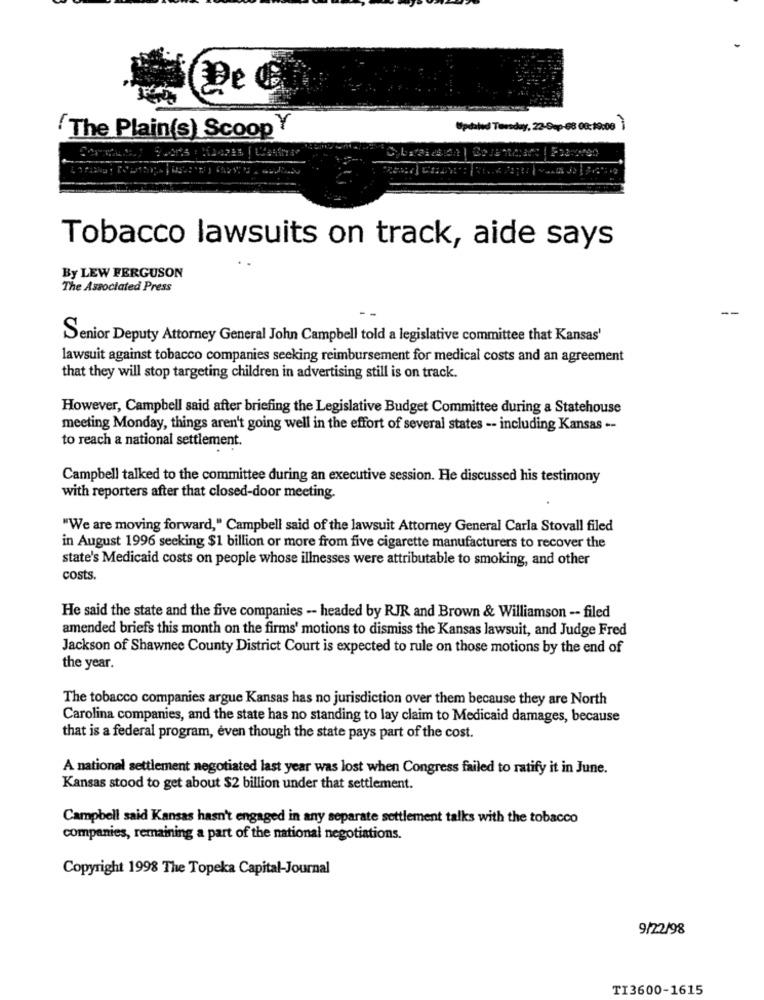
De C
(The Plain(s) Scoop Y
Updated Tuesday, 22-Gap-68 08:19:08
Tobacco lawsuits on track, aide says
By LEW FERGUSON
The Associated Press
Senior Deputy Attorney General John Campbell told a legislative committee that Kansas'
lawsuit against tobacco companies seeking reimbursement for medical costs and an agreement
that they will stop targeting children in advertising still is on track.
However, Campbell said after briefing the Legislative Budget Committee during a Statehouse
meeting Monday, things aren't going well in the effort of several states -- including Kansas --
to reach a national settlement.
Campbell talked to the committee during an executive session. He discussed his testimony
with reporters after that closed-door meeting.
"We are moving forward," Campbell said of the lawsuit Attorney General Carla Stovall filed
in August 1996 seeking $1 billion or more from five cigarette manufacturers to recover the
state's Medicaid costs on people whose illnesses were attributable to smoking, and other
costs.
He said the state and the five companies -- headed by RJR and Brown & Williamson -- filed
amended briefs this month on the firms' motions to dismiss the Kansas lawsuit, and Judge Fred
Jackson of Shawnee County District Court is expected to rule on those motions by the end of
the year.
The tobacco companies argue Kansas has no jurisdiction over them because they are North
Carolina companies, and the state has no standing to lay claim to Medicaid damages, because
that is a federal program, even though the state pays part of the cost.
A national settlement negotiated last year was lost when Congress failed to ratify it in June.
Kansas stood to get about $2 billion under that settlement.
Campbell said Kansas hasn't engaged in any separate settlement talks with the tobacco
companies, remaining a part of the national negotiations.
Copyright 1998 The Topeka Capital-Journal
9/22/98
TI3600-1615